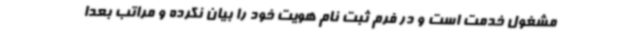
مشغول خدمت است و در فرم ثبت نام هویت خود را بیان نکرده و مراتب بعدا